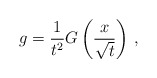
\begin{align*} g = \frac{1}{t^2} G\left( \frac{x}{\sqrt{t}} \right) \, ,\end{align*}